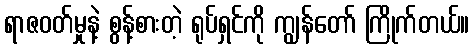
ရာဇဝတ်မှုနဲ့ စွန့်စားတဲ့ ရုပ်ရှင်ကို ကျွန်တော် ကြိုက်တယ်။